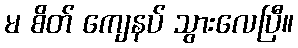
မ စိတ် ကျေနပ် သွားလေပြီ။